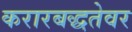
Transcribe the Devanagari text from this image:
करारबद्धतेवर